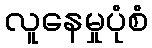
လူနေမှုပုံစံ